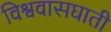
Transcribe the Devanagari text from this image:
विश्ववासघाती